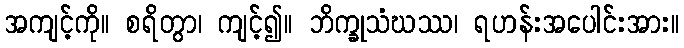
အကျင့်ကို။ စရိတွာ၊ ကျင့်၍။ ဘိက္ခုသံဃဿ၊ ရဟန်းအပေါင်းအား။